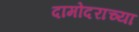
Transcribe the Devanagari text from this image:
दामोदराच्या